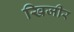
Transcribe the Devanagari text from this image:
खिजीर